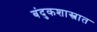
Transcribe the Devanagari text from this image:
बंदुकशास्त्रात